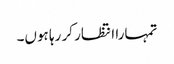
تمہارا انتظار کر رہا ہوں۔